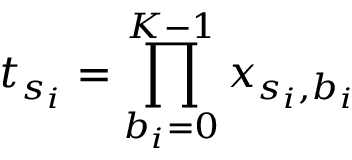
t _ { s _ { i } } = \prod _ { b _ { i } = 0 } ^ { K - 1 } x _ { s _ { i } , b _ { i } }